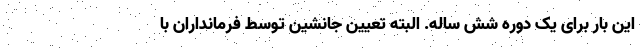
این بار برای یک دوره شش ساله. البته تعیین جانشین توسط فرمانداران با